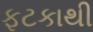
ફટકાથી